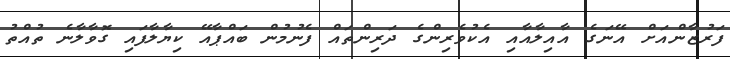
ފަރުޒާންއަށް އޭނަގެ އާއިލާއާއި އެކުވެރިންގެ ދަރިންތައް ފެނުމުން ބައްޕާއޭ ކިޔާލާފައި ގޮވާލާނެ ތުއްތު